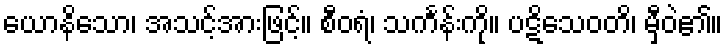
ယောနိသော၊ အသင့်အားဖြင့်။ စီဝရံ၊ သင်္ကန်းကို။ ပဋိသေဝတိ၊ မှီဝဲ၏။